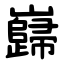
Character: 巋